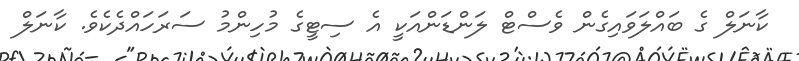
ކާނަލް ގެ ބައްލަވައިގެން ވެސްޓް ލަންޑަންއަކީ އެ ސިޓީގެ މުހިންމު ސަރަހައްދެކެވެ. ކާނަލް